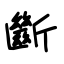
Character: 斷